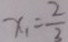
x _ { 1 } = \frac { 2 } { 3 }